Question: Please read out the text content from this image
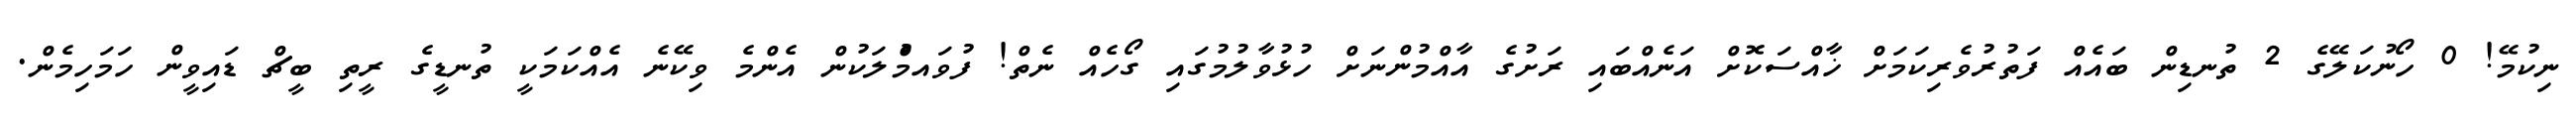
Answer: ނިކުމޭ! 0 ހޯނުކަލޭގެ 2 ތުނޑިން ބައެއް ފަތުރުވެރިކަމަށް ޚާއްސަކޮށް އަނެއްބައި ރަށުގެ އާއްމުންނަށް ހުޅުވާލުމުގައި ގޯހެއް ނެތް! ފުވައމްުލަކުން އެންމެ ވިކޭނެ އެއްކަމަކީ ތުނޑީގެ ރީތި ބީޗް ޑައިވީން ހަމަހިމެން.